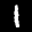
Label: 1